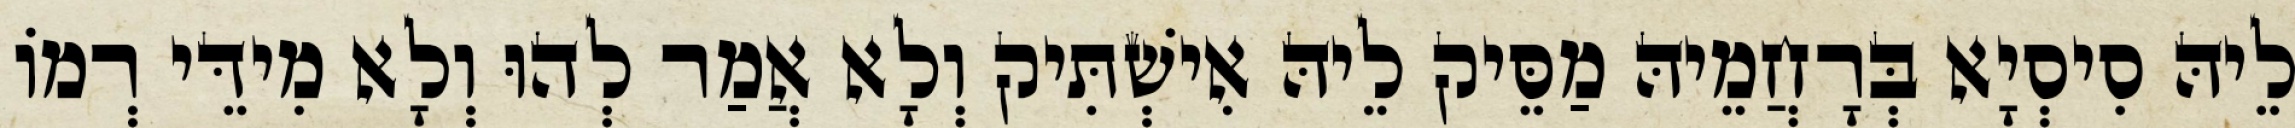
לֵיהּ סִיסְיָא בְּרָחֲמֵיהּ מַסֵּיק לֵיהּ אִישְׁתִּיק וְלָא אֲמַר לְהוּ וְלָא מִידֵּי רְמוֹ